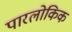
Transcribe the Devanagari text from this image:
पारलोकिक